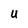
Character: U